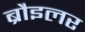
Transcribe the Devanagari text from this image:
ब्रौइलर